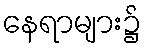
နေရာများ၌